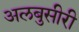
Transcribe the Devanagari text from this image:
अलबुसीरी